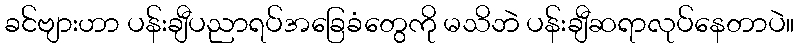
ခင်ဗျားဟာ ပန်းချီပညာရပ်အခြေခံတွေကို မသိဘဲ ပန်းချီဆရာလုပ်နေတာပဲ။